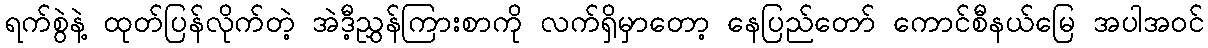
ရက်စွဲနဲ့ ထုတ်ပြန်လိုက်တဲ့ အဲဒီ့ညွှန်ကြားစာကို လက်ရှိမှာတော့ နေပြည်တော် ကောင်စီနယ်မြေ အပါအဝင်